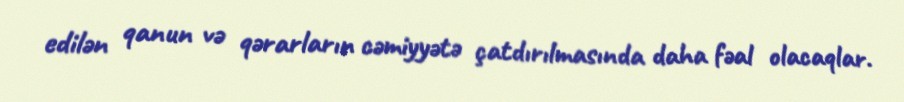
edilən qanun və qərarların cəmiyyətə çatdırılmasında daha fəal olacaqlar.